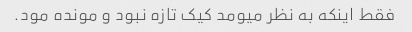
فقط اینکه به نظر میومد کیک تازه نبود و مونده مود.